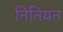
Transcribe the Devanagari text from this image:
निनियन